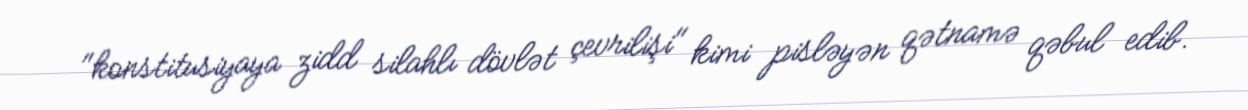
"konstitusiyaya zidd silahlı dövlət çevrilişi" kimi pisləyən qətnamə qəbul edib.